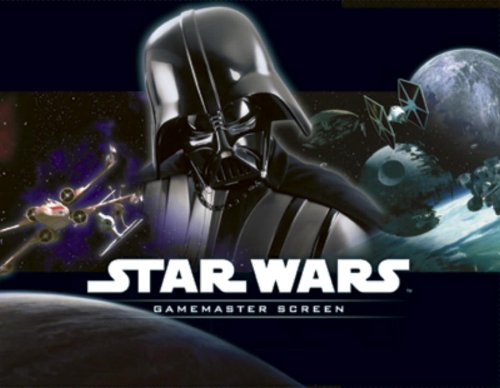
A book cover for Star Wars Gamemaster Screen (Star Wars Accessory); Rodney Thompson; Science Fiction & Fantasy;